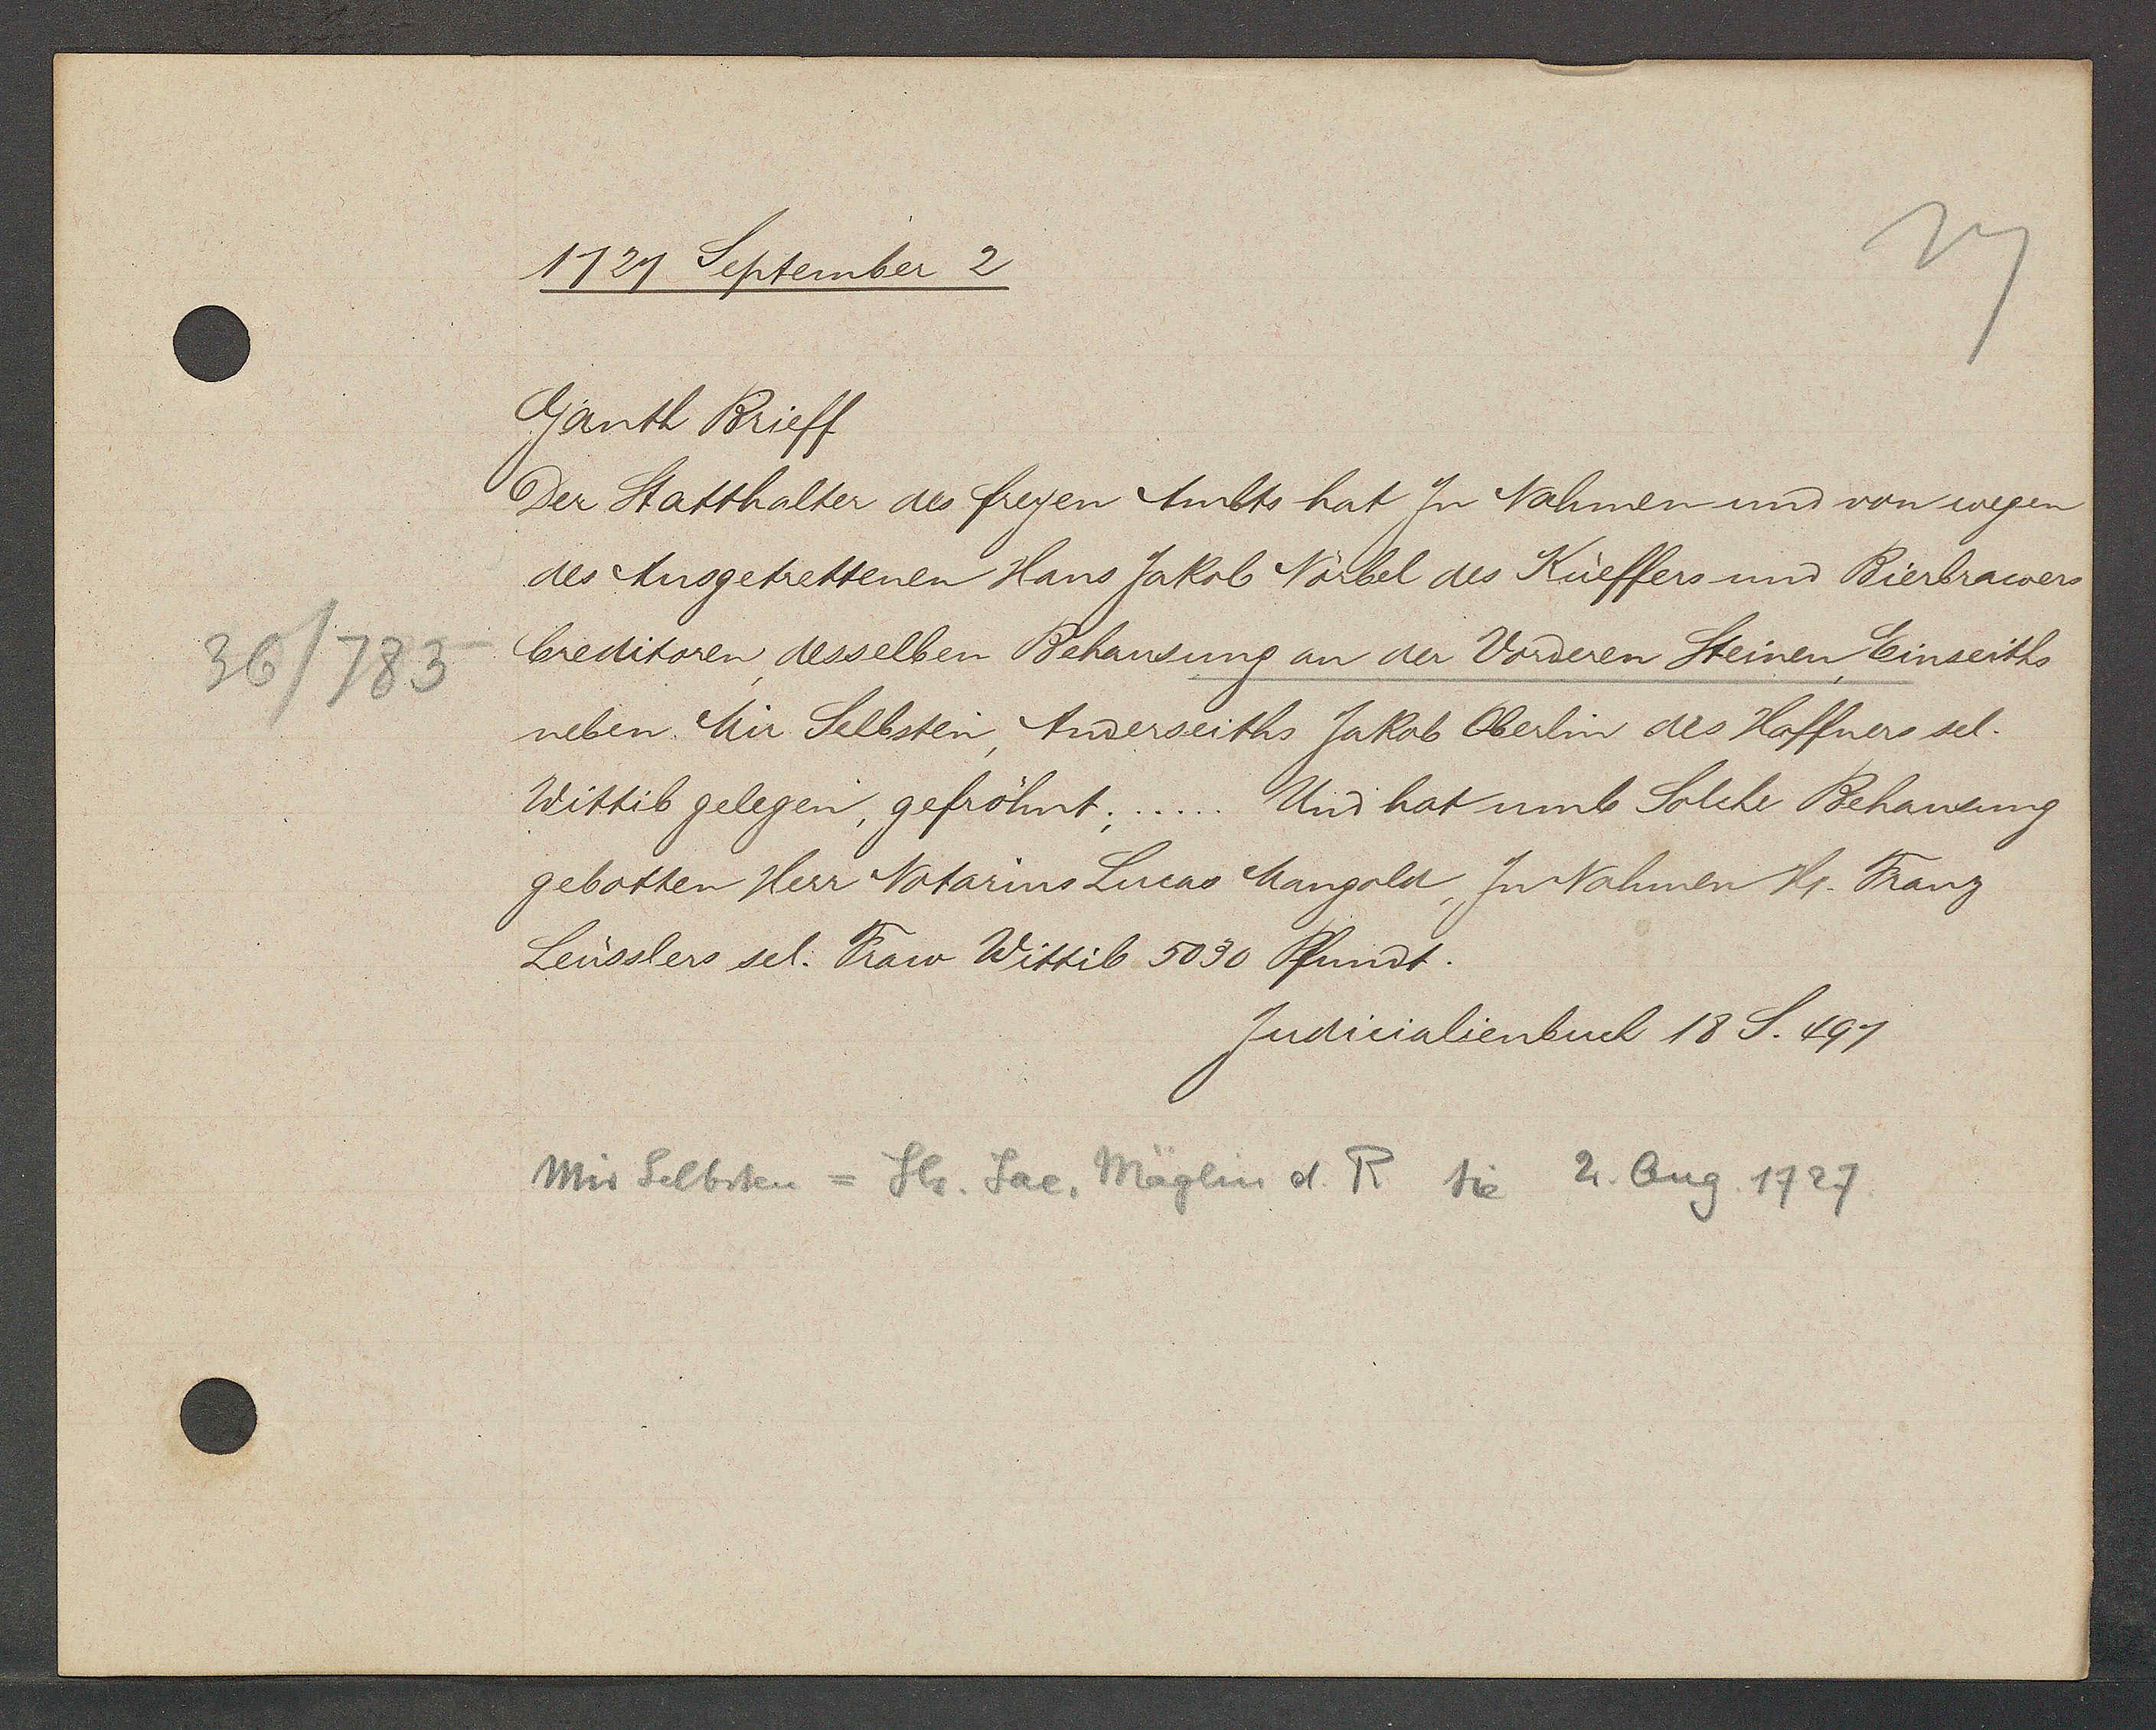
Transcript:
36/783

1721 September 2

Ganth Brieff
Der Statthalter des freyen Ambts hat Zu Nahmen und von wegen
des Ansgetrettenen Hans Jakob Norrbel des Küeffers und Bierbrawers
Creditoren desselben Behausung an der Vorderen Steinen, Einseitts
neben Mr Selbsten, Anderseiths Jakob Oberlin des Haffner sel
Wittib gelegen, gefröhnt. .. Und hat umb Solche Behausung
gebotten Herr Notarins Lucas Mangold Zu Nahmen Hr. Franz
Leusslers sel. Fraw Wittib 5030 Pfundt.

Judicialienbuch 18 S. 491

Mis Selbsten = Hs. Jac, Mäglin d. R sie 2. Aug. 1727